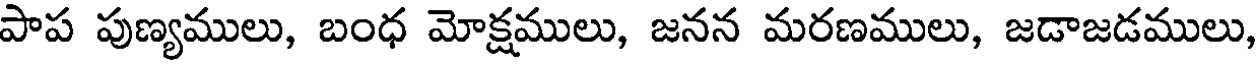
పాప పుణ్యములు, బంధ మోక్షములు, జనన మరణములు, జడాజడములు,